DOW-UAP-D5, Mission Report, Arabian Gulf, 2020
Agency: Department of War
Incident location: Mediterranean Sea
Page 3
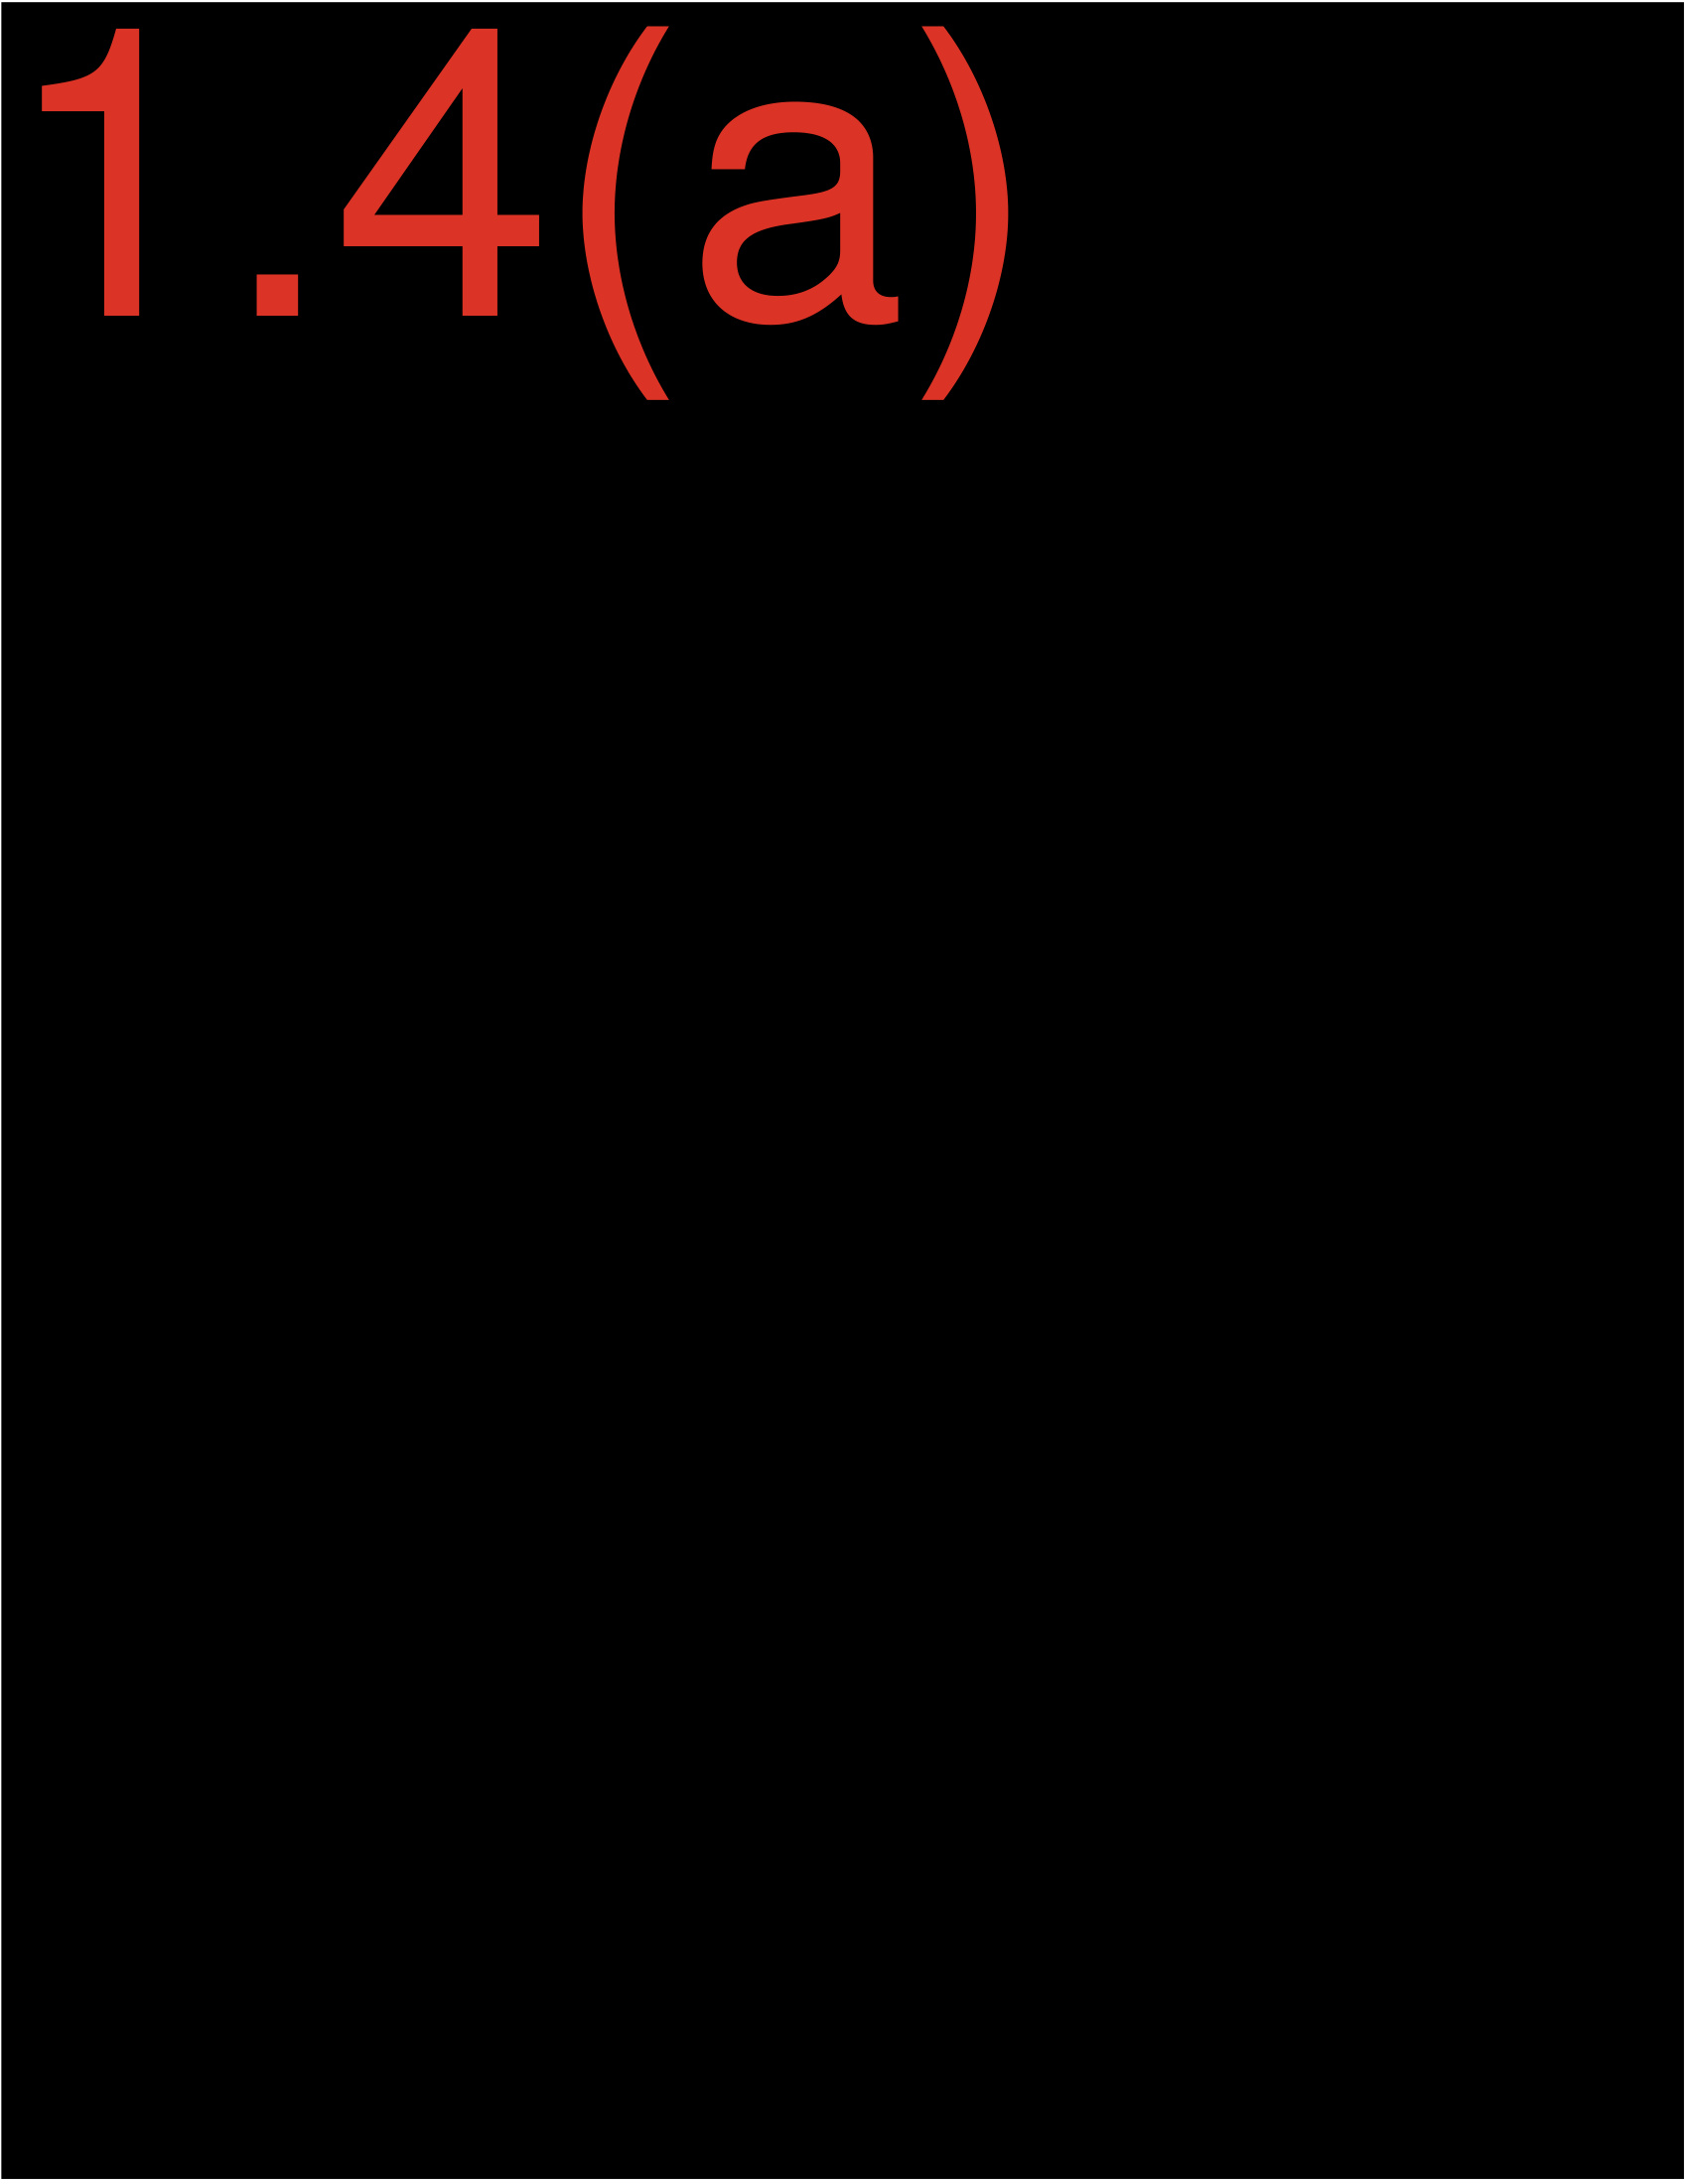